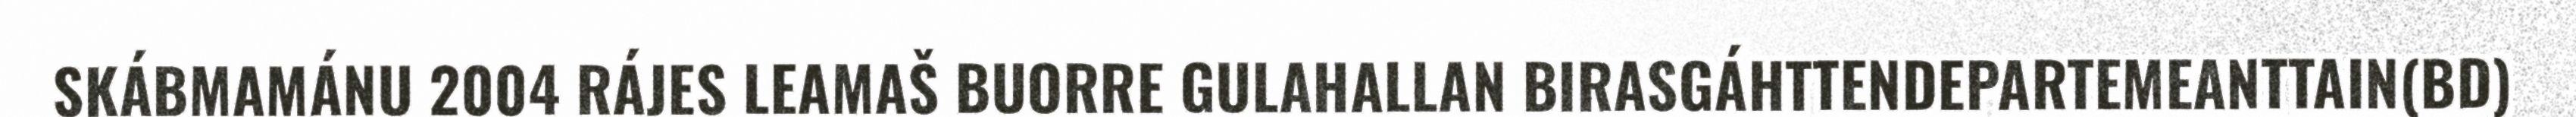
SKÁBMAMÁNU 2004 RÁJES LEAMAŠ BUORRE GULAHALLAN BIRASGÁHTTENDEPARTEMEANTTAIN(BD)